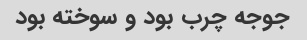
جوجه چرب بود و سوخته بود